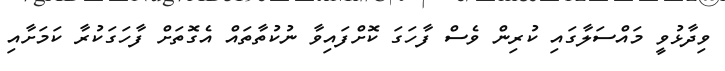
ވިދާޅުވީ މައްސަލާގައި ކުރިން ވެސް ފާހަގަ ކޮށްފައިވާ ނުކުތާތައް އެގޮތަށް ފާހަގަކުރާ ކަމަށާއި